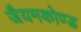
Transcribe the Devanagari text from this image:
जैयमकोण्ड